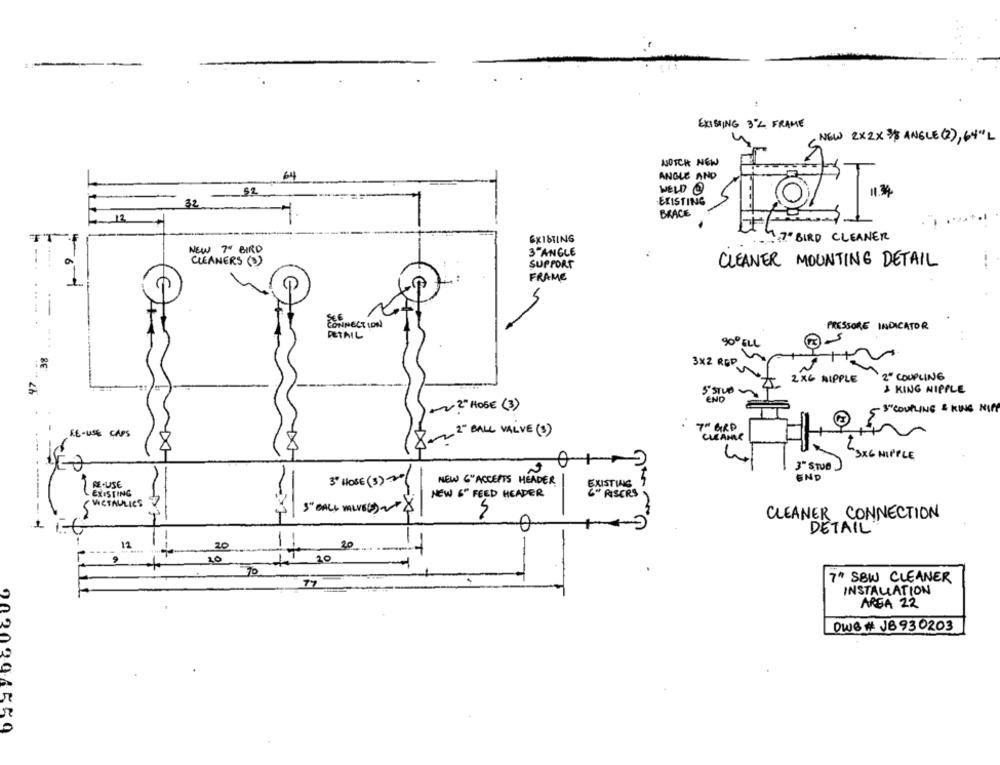
EXISTING 3 2 FRAME
NEW 2x2X 3/ ANGLE (2), 64" L
NOTCH NEW
64
ANGLE AND
52
WELD @
32.
EXISTING
BRACE
," BIRD CLEANER
EXISTING
NEW 7" BIRD
3"ANGLE
CLEANERS (S)
SUPPORT
CLEANER MOUNTING DETAIL
FRAME
CONNECT LON
PRESSORE INDICATOR
RETAIL
90º ELL
3×2 RED~
2" COUPLING
2×6 NIPPLE
5"STUB
& KING NIPPLE
END
+?" HOSE (3)
- 3"COUPLING & KINS NIFF
KE -USE CAPS
8- 2" BALL VALVE (3)
7" GRD
CLEANLE
3X6 NIPPLE
3" STUB
3º HOSE(3) "
NEW 6"ACCEPTS HEADER
END
RE-USE
EXISTING
---
EXISTING
NEW &" FEED HEADER
RISERS
VICTAULICS
S"BALL VALVEG)~$
CLEANER CONNECTION
DETAIL
20
20
12
20
20
7" SBW CLEANER
INSTALLATION
AREA 22
DW& # JB930203